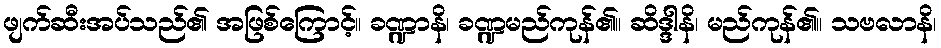
ဖျက်ဆီးအပ်သည်၏ အဖြစ်ကြောင့်။ ခဏ္ဍာနိ၊ ခဏ္ဍမည်ကုန်၏။ ဆိဒ္ဒါနိ၊ မည်ကုန်၏။ သဗလာနိ၊